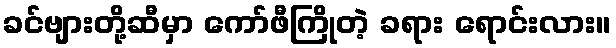
ခင်ဗျားတို့ဆီမှာ ကော်ဖီကြိုတဲ့ ခရား ရောင်းလား။